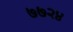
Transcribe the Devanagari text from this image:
७७२४